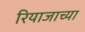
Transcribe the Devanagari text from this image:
रियाजाच्या